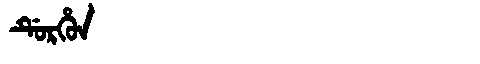
Manchu: ᡩᡠᡵᡥᡠᠨ
Romanization: DURHUN